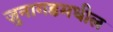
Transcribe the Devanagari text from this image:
जुनागडमधील